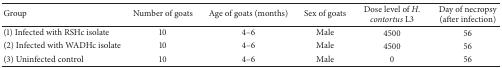
| Group | Number of goats | Age of goats (months) | Sex of goats | Dose level of H. contortus L3 | Day of necropsy (after infection) |
 | --- | --- | --- | --- | --- | --- |
 | (1) Infected with RSHc isolate | 10 | 4–6 | Male | 4500 | 56 |
 | (2) Infected with WADHc isolate | 10 | 4–6 | Male | 4500 | 56 |
 | (3) Uninfected control | 10 | 4–6 | Male | 0 | 56 |